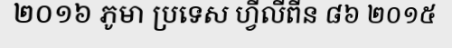
២០១៦ ភូមា ប្រទេស ហ្វីលីពីន ៨៦ ២០១៥